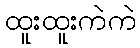
ထူးထူးကဲကဲ